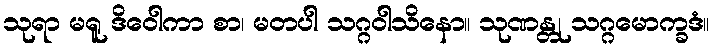
သုရာ မရူ ဒိဝေါကာ စာ၊ မတပါ သဂ္ဂဝါသိနော။ သုဏန္တု သဂ္ဂမောက္ခဒံ။